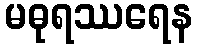
မဓုရဿရေန